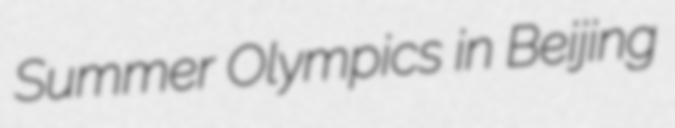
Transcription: Summer Olympics in Beijing